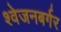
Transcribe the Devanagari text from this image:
श्‍वेजनबर्गर